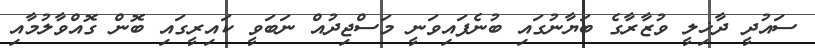
ސައުދީ ދާޚިލީ ވުޒާރާގެ ބަޔާނުގައި ބުނެފައިވަނީ މަސްޖިދުއް ނަބަވީ ކައިރީގައި ބޮން ގޮއްވާލުމާއި